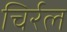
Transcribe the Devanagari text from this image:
चिर्रल